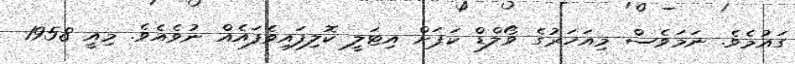
ގައުމެވެ. ނަމަވެސް މިއަހަރުގެ ވޯލްޑް ކަޕަށް އިޓަލީ ކޮލިފައިވެފައެއް ނުވެއެވެ. މިއީ 1958